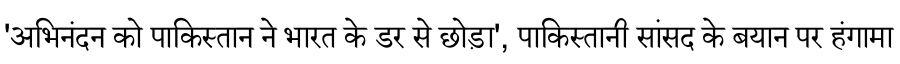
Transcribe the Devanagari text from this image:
'अभिनंदन को पाकिस्तान ने भारत के डर से छोड़ा', पाकिस्तानी सांसद के बयान पर हंगामा